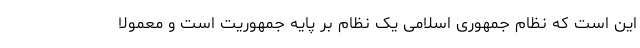
این است که نظام جمهوری اسلامی یک نظام بر پایه جمهوریت است و معمولا